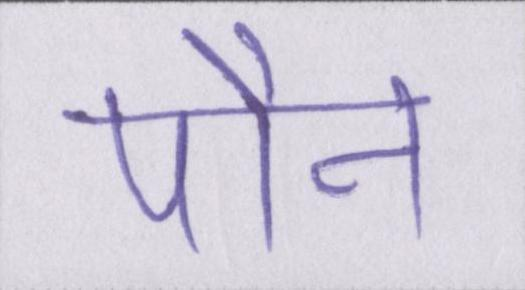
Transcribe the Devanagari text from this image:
पौन